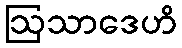
ဩသာဒေဟိ